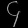
Digit: ၄